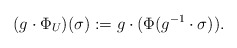
\begin{align*} (g\cdot\Phi_U)(\sigma):=g\cdot(\Phi(g^{-1}\cdot\sigma)). \end{align*}